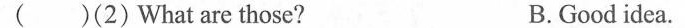
( )(2) What are those? B.Good idea. ( )